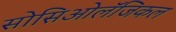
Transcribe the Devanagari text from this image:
सोसिओलॅजिकल